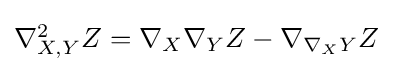
{\textstyle \nabla _{X,Y}^{2}Z=\nabla _{X}\nabla _{Y}Z-\nabla _{\nabla _{X}Y}Z}